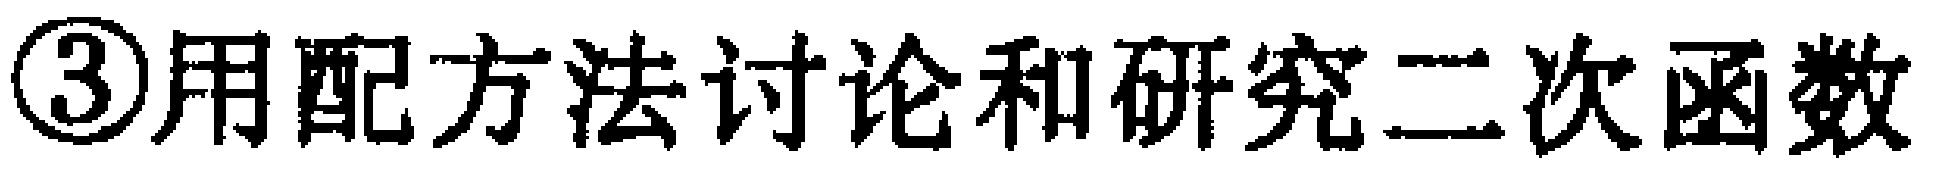
\textcircled{3}用配方法讨论和研究二次函数